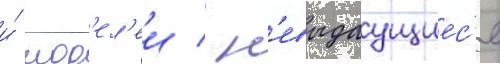
и́ мод'ел'еи / н'евыдаущиес'я